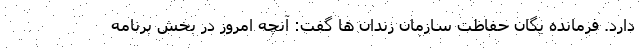
دارد. فرمانده یگان حفاظت سازمان زندان ها گفت: آنچه امروز در بخش برنامه